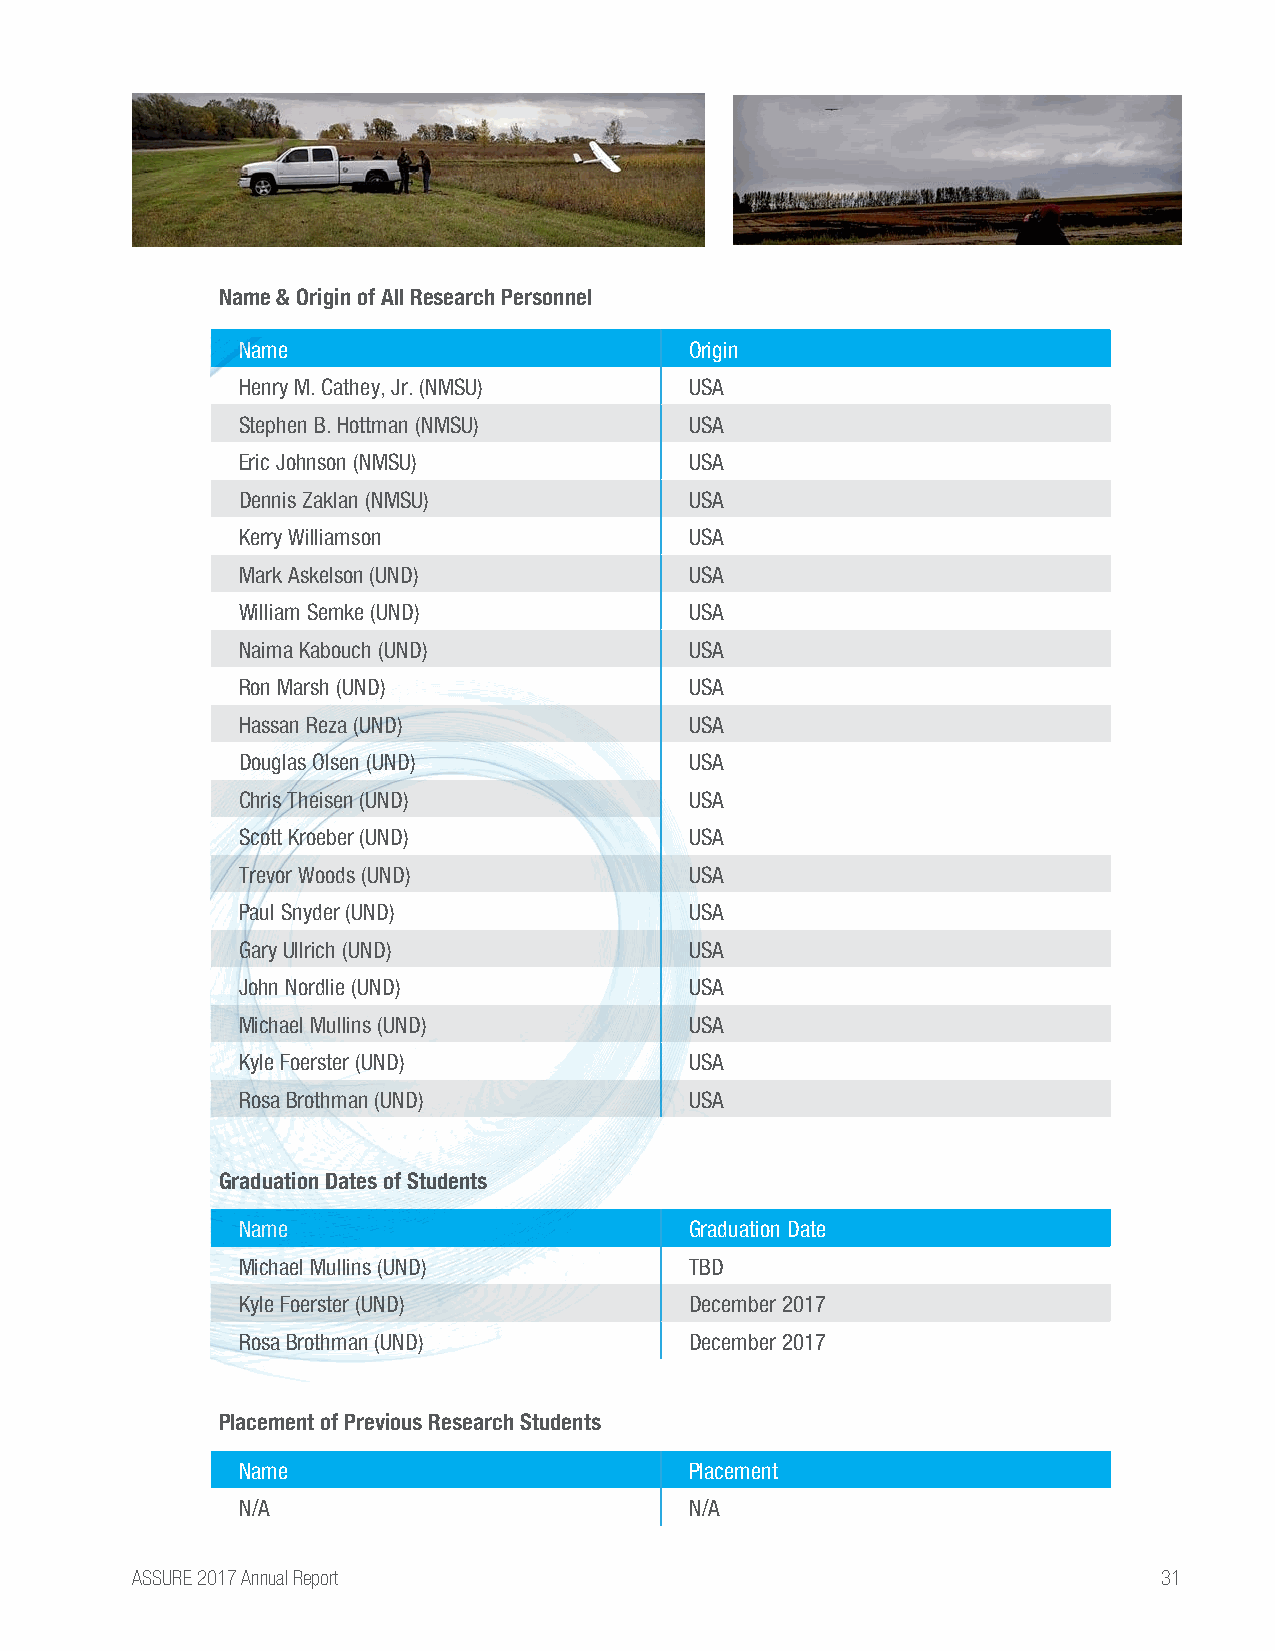
Name & Origin of All Research Personnel
 Name                          Origin
 Henry M. Cathey, Jr. (NMSU)   USA
 Stephen B. Hottman (NMSU)     USA
 Eric Johnson (NMSU)           USA
 Dennis Zaklan (NMSU)          USA
 Kerry Williamson              USA
 Mark Askelson (UND)           USA
 William Semke (UND)           USA
 Naima Kabouch (UND)           USA
 Ron Marsh (UND)               USA
 Hassan Reza (UND)             USA
 Douglas Olsen (UND)           USA
 Chris Theisen (UND)           USA
 Scott Kroeber (UND)           USA
 Trevor Woods (UND)            USA
 Paul Snyder (UND)             USA
 Gary Ullrich (UND)            USA
 John Nordlie (UND)            USA
 Michael Mullins (UND)         USA
 Kyle Foerster (UND)           USA
 Rosa Brothman (UND)           USA
 Graduation Dates of Students
 Name                          Graduation Date
 Michael Mullins (UND)         TBD
 Kyle Foerster (UND)           December 2017
 Rosa Brothman (UND)           December 2017
 Placement of Previous Research Students
 Name                          Placement
 N/A                           N/A
 ASSURE 2017 Annual Report                                           31